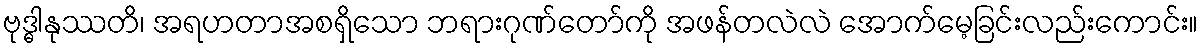
ဗုဒ္ဓါနုဿတိ၊ အရဟတာအစရှိသော ဘရားဂုဏ်တော်ကို အဖန်တလဲလဲ အောက်မေ့ခြင်းလည်းကောင်း။